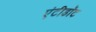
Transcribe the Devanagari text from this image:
एंटीडाॅट